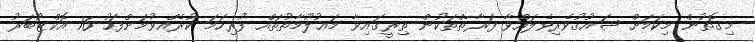
މިގޮތުން މިކަމަށް ޝައުޤުވެރިވެލައްވާ ފަރާތްތަކުން ތިރީގައިވާ މަޢުލޫމާތުތައް ފުރިހަމަ ކުރެއްވުމަށްފަހު 16 އޮކްޓޫބަރު